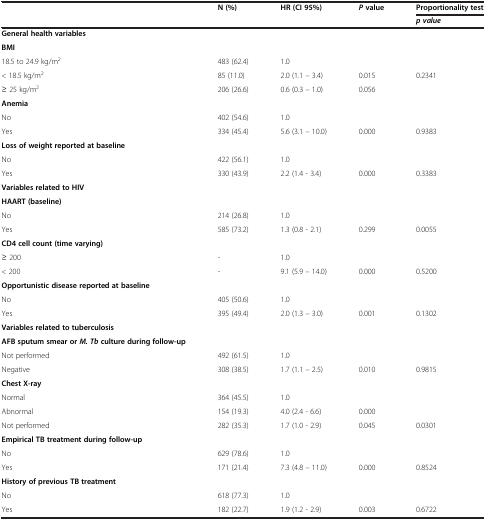
<table><thead><tr><td><b> </b></td><td><b>N (%)</b></td><td><b>HR (CI 95%)</b></td><td><b><i>P</i>value</b></td><td><b>Proportionality test</b></td></tr><tr><td><b> </b></td><td><b> </b></td><td><b> </b></td><td><b> </b></td><td><b><i>p value</i></b></td></tr></thead><tbody><tr><td><b>General health variables</b></td><td> </td><td> </td><td> </td><td> </td></tr><tr><td><b>BMI</b></td><td> </td><td> </td><td> </td><td> </td></tr><tr><td>18.5 to 24.9 kg/m<sup>2</sup></td><td>483 (62.4)</td><td>1.0</td><td> </td><td> </td></tr><tr><td>&lt; 18.5 kg/m<sup>2</sup></td><td>85 (11.0)</td><td>2.0 (1.1 – 3.4)</td><td>0.015</td><td>0.2341</td></tr><tr><td>≥ 25 kg/m<sup>2</sup></td><td>206 (26.6)</td><td>0.6 (0.3 – 1.0)</td><td>0.056</td><td> </td></tr><tr><td><b>Anemia</b></td><td> </td><td> </td><td> </td><td> </td></tr><tr><td>No</td><td>402 (54.6)</td><td>1.0</td><td> </td><td> </td></tr><tr><td>Yes</td><td>334 (45.4)</td><td>5.6 (3.1 – 10.0)</td><td>0.000</td><td>0.9383</td></tr><tr><td><b>Loss of weight reported at baseline</b></td><td> </td><td> </td><td> </td><td> </td></tr><tr><td>No</td><td>422 (56.1)</td><td>1.0</td><td> </td><td> </td></tr><tr><td>Yes</td><td>330 (43.9)</td><td>2.2 (1.4 - 3.4)</td><td>0.000</td><td>0.3383</td></tr><tr><td><b>Variables related to HIV</b></td><td> </td><td> </td><td> </td><td> </td></tr><tr><td><b>HAART (baseline)</b></td><td> </td><td> </td><td> </td><td> </td></tr><tr><td>No</td><td>214 (26.8)</td><td>1.0</td><td> </td><td> </td></tr><tr><td>Yes</td><td>585 (73.2)</td><td>1.3 (0.8 - 2.1)</td><td>0.299</td><td>0.0055</td></tr><tr><td><b>CD4 cell count (time varying)</b></td><td> </td><td> </td><td> </td><td> </td></tr><tr><td>≥ 200</td><td>-</td><td>1.0</td><td> </td><td> </td></tr><tr><td>&lt; 200</td><td>-</td><td>9.1 (5.9 – 14.0)</td><td>0.000</td><td>0.5200</td></tr><tr><td><b>Opportunistic disease reported at baseline</b></td><td> </td><td> </td><td> </td><td> </td></tr><tr><td>No</td><td>405 (50.6)</td><td>1.0</td><td> </td><td> </td></tr><tr><td>Yes</td><td>395 (49.4)</td><td>2.0 (1.3 – 3.0)</td><td>0.001</td><td>0.1302</td></tr><tr><td><b>Variables related to tuberculosis</b></td><td> </td><td> </td><td> </td><td> </td></tr><tr><td><b>AFB sputum smear or </b><b><i>M. Tb </i></b><b>culture during follow-up</b></td><td> </td><td> </td><td> </td><td> </td></tr><tr><td>Not performed</td><td>492 (61.5)</td><td>1.0</td><td> </td><td> </td></tr><tr><td>Negative</td><td>308 (38.5)</td><td>1.7 (1.1 – 2.5)</td><td>0.010</td><td>0.9815</td></tr><tr><td><b>Chest X-ray</b></td><td> </td><td> </td><td> </td><td> </td></tr><tr><td>Normal</td><td>364 (45.5)</td><td>1.0</td><td> </td><td> </td></tr><tr><td>Abnormal</td><td>154 (19.3)</td><td>4.0 (2.4 - 6.6)</td><td>0.000</td><td> </td></tr><tr><td>Not performed</td><td>282 (35.3)</td><td>1.7 (1.0 - 2.9)</td><td>0.045</td><td>0.0301</td></tr><tr><td><b>Empirical TB treatment during follow-up</b></td><td> </td><td> </td><td> </td><td> </td></tr><tr><td>No</td><td>629 (78.6)</td><td>1.0</td><td> </td><td> </td></tr><tr><td>Yes</td><td>171 (21.4)</td><td>7.3 (4.8 – 11.0)</td><td>0.000</td><td>0.8524</td></tr><tr><td><b>History of previous TB treatment</b></td><td> </td><td> </td><td> </td><td> </td></tr><tr><td>No</td><td>618 (77.3)</td><td>1.0</td><td> </td><td> </td></tr><tr><td>Yes</td><td>182 (22.7)</td><td>1.9 (1.2 - 2.9)</td><td>0.003</td><td>0.6722</td></tr></tbody></table>